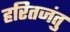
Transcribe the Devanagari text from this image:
हरितजंतु